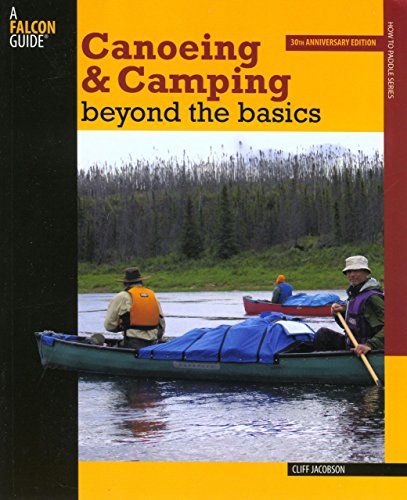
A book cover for Canoeing & Camping Beyond the Basics: 30Th Anniversary Edition (How to Paddle Series); Cliff Jacobson; Sports & Outdoors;